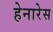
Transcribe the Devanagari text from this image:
हेनारेस